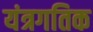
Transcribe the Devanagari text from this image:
यंत्रगतिक